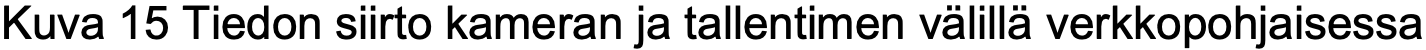
Kuva 15 Tiedon siirto kameran ja tallentimen välillä verkkopohjaisessa